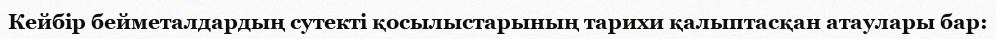
Кейбір бейметалдардың сутекті қосылыстарының тарихи қалыптасқан атаулары бар: